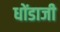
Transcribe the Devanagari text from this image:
धोंडाजी